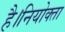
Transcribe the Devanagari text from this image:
है।नियोक्ता